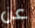
عن